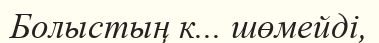
Болыстың к... шөмейді,